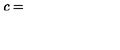
c =